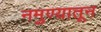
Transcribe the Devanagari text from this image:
नमुण्यातून